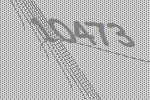
10473